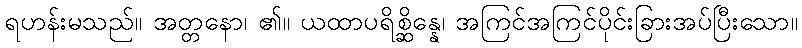
ရဟန်းမသည်။ အတ္တနော၊ ၏။ ယထာပရိစ္ဆိန္နေ၊ အကြင်အကြင်ပိုင်းခြားအပ်ပြီးသော။